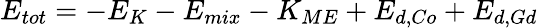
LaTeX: E_{tot}=-E_{K}-E_{mix}-K_{ME}+E_{d,Co}+E_{d,Gd}